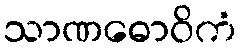
သာဏဓောဝိကံ